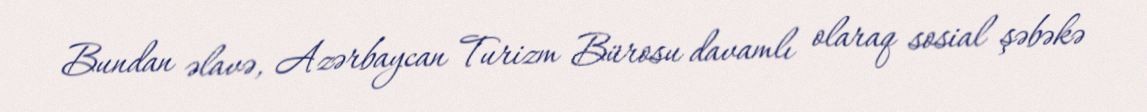
Bundan əlavə, Azərbaycan Turizm Bürosu davamlı olaraq sosial şəbəkə